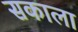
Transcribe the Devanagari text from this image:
सकाला